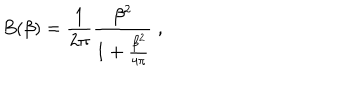
LaTeX: B ( \beta ) = \frac 1 { 2 \pi } \frac { \beta ^ { 2 } } { 1 + \frac { \beta ^ { 2 } } { 4 \pi } } \; ,